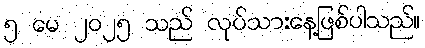
၅ မေ ၂၀၂၅ သည် လုပ်သားနေ့ဖြစ်ပါသည်။